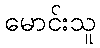
မောင်းသူ